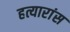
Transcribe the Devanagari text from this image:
हत्यारांस